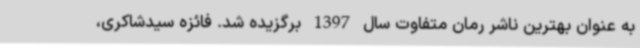
به عنوان بهترین ناشر رمان متفاوت سال 1397 برگزیده شد. فائزه سیدشاکری،